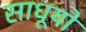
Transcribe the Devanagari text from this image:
साधूयों